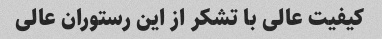
کیفیت عالی با تشکر از این رستوران عالی